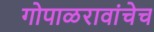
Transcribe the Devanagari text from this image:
गोपाळरावांचेच